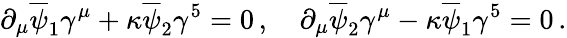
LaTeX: \partial_{\mu}\overline{{\psi}}_{1}\gamma^{\mu}+\kappa\overline{{\psi}}_{2}\gamma^{5}=0\, ,\quad\partial_{\mu}\overline{{\psi}}_{2}\gamma^{\mu}-\kappa\overline{{\psi}}_{1}\gamma^{5}=0\, .